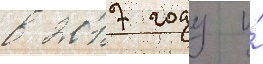
в 2017 году и́